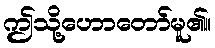
ဤသို့ဟောတော်မူ၏။